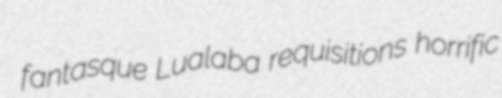
fantasque Lualaba requisitions horrific